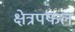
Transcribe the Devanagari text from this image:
क्षेत्रपफल